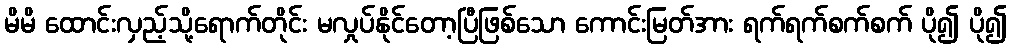
မိမိ ထောင်းလှည့်သို့ရောက်တိုင်း မလှုပ်နိုင်တော့ပြီဖြစ်သော ကောင်းမြတ်အား ရက်ရက်စက်စက် ပို၍ ပို၍